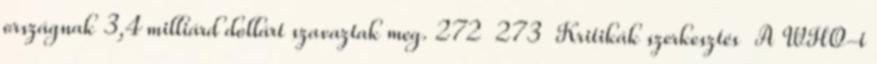
országnak 3,4 milliárd dollárt szavaztak meg. 272 273 Kritikák szerkesztés A WHO-t